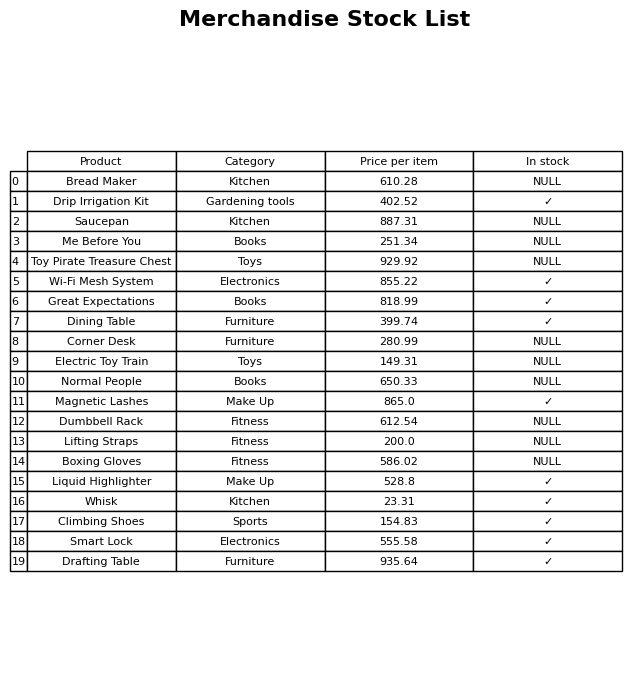
question: What is the price for Lifting Straps?
answer: The price of Lifting Straps is 200.0.